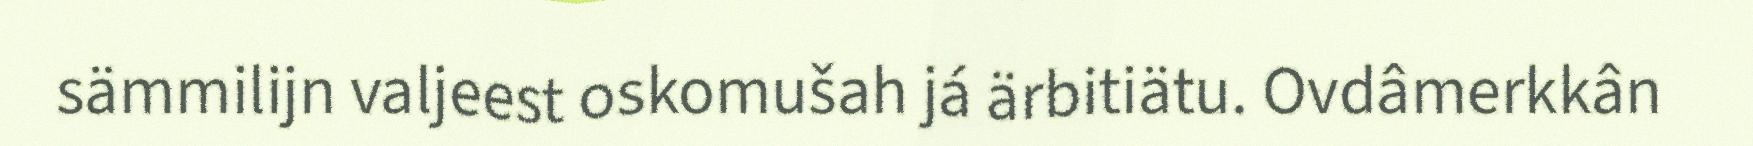
sämmilijn valjeest oskomušah já ärbitiätu. Ovdâmerkkân